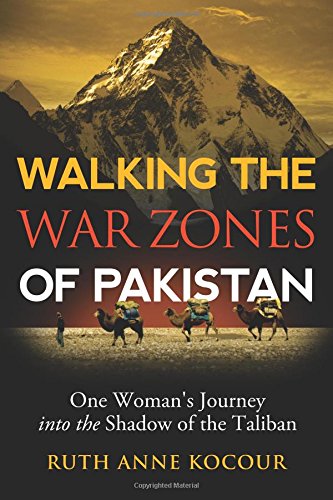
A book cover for Walking the Warzones of Pakistan, One Woman's Journey into the Shadow of the Taliban; Ruth Anne Kocour; Travel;